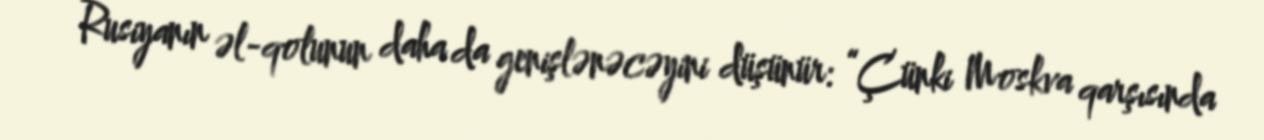
Rusiyanın əl-qolunun daha da genişlənəcəyini düşünür: “Çünki Moskva qarşısında